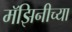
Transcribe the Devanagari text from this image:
मॅझिनीच्या